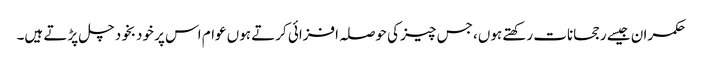
حکمران جیسے رجحانات رکھتے ہوں، جس چیز کی حوصلہ افزائی کرتے ہوں عوام اس پر خودبخود چل پڑتے ہیں۔